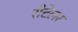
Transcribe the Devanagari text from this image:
रीटेलर